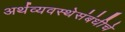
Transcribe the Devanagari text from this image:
अर्थव्यवस्थेसंबंधीचे